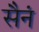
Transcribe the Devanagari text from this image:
सैनं